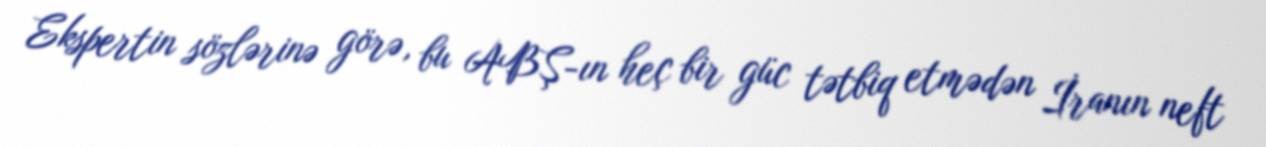
Ekspertin sözlərinə görə, bu ABŞ-ın heç bir güc tətbiq etmədən İranın neft